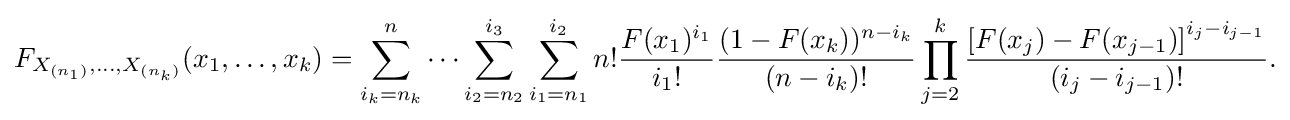
{\begin{aligned}F_{X_{(n_{1})},\ldots ,X_{(n_{k})}}(x_{1},\ldots ,x_{k})=\sum _{i_{k}=n_{k}}^{n}\cdots \sum _{i_{2}=n_{2}}^{i_{3}}\sum _{i_{1}=n_{1}}^{i_{2}}n!{\frac {F(x_{1})^{i_{1}}}{i_{1}!}}{\frac {(1-F(x_{k}))^{n-i_{k}}}{(n-i_{k})!}}\prod \limits _{j=2}^{k}{\frac {\left[F(x_{j})-F(x_{j-1})\right]^{i_{j}-i_{j-1}}}{(i_{j}-i_{j-1})!}}.\end{aligned}}